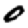
Digit: 0